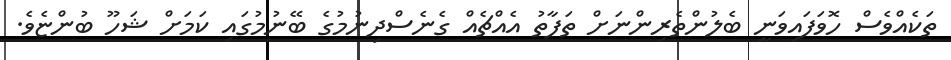
ތަކެއްވެސް ހޮވަފައިވަނީ ބެލުންތެރިންނަށް ތަފާތު އެއްޗެއް ގެނެސްދިނުމުގެ ބޭނުމުގައި ކަމަށް ޝަހޫ ބުންޏެވެ.